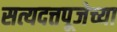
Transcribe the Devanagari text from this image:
सत्यदत्तपूजेच्या